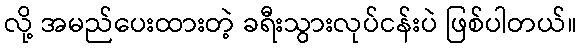
လို့ အမည်ပေးထားတဲ့ ခရီးသွားလုပ်ငန်းပဲ ဖြစ်ပါတယ်။